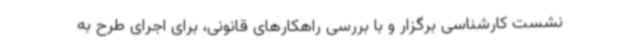
نشست کارشناسی برگزار و با بررسی راهکارهای قانونی، برای اجرای طرح به